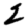
Digit: 2